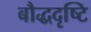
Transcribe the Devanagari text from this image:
बौद्धदृष्टि